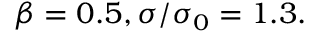
\beta = 0 . 5 , \sigma / \sigma _ { 0 } = 1 . 3 .